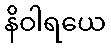
နိဝါရယေ